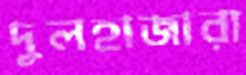
দুলহাজারা